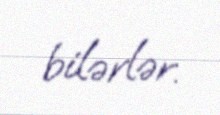
bilərlər.